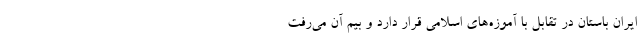
ایران باستان در تقابل با آموزه‌های اسلامی قرار دارد و بیم آن می‌رفت